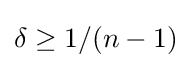
\delta \geq 1/(n-1)